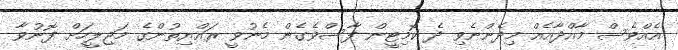
އެއްވެސް މާއްދާއެއް މިދެންނެވި ދެ ކޮމިޓީން ފާސްވެގެން މެނުވީ ރައްޔިތުންގެ މަޖިލީހަށް ފޮނުވާ